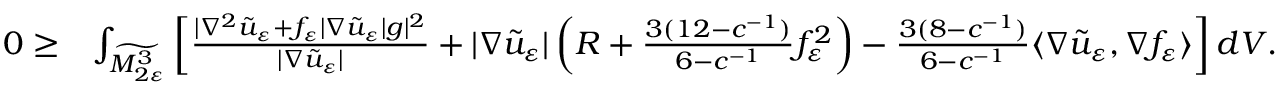
\begin{array} { r l } { 0 \ge } & { \int _ { \widetilde { M _ { 2 \varepsilon } ^ { 3 } } } \left[ \frac { | \nabla ^ { 2 } \tilde { u } _ { \varepsilon } + f _ { \varepsilon } | \nabla \tilde { u } _ { \varepsilon } | g | ^ { 2 } } { | \nabla \tilde { u } _ { \varepsilon } | } + | \nabla \tilde { u } _ { \varepsilon } | \left( R + \frac { 3 ( 1 2 - c ^ { - 1 } ) } { 6 - c ^ { - 1 } } f _ { \varepsilon } ^ { 2 } \right) - \frac { 3 ( 8 - c ^ { - 1 } ) } { 6 - c ^ { - 1 } } \langle \nabla \tilde { u } _ { \varepsilon } , \nabla f _ { \varepsilon } \rangle \right] d V . } \end{array}